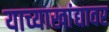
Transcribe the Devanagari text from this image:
याच्याखांद्यावर